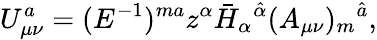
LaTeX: U_{\mu\nu}^{a}=(E^{-1})^{ma}z^{\alpha}\bar{H}_{\alpha}{}^{\hat{\alpha}}(A_{\mu\nu})_{m}{}^{\hat{a}},